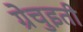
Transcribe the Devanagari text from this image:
ग्रेचुइती